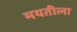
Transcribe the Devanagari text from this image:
मयतीला